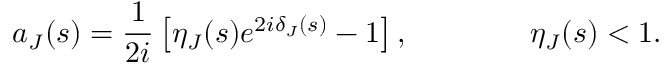
a _ { J } ( s ) = \displaystyle { \frac { 1 } { 2 i } } \left[ \eta _ { J } ( s ) e ^ { 2 i \delta _ { J } ( s ) } - 1 \right] , \qquad \qquad \eta _ { J } ( s ) < 1 .